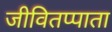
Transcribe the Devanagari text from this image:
जीवितप्पाता